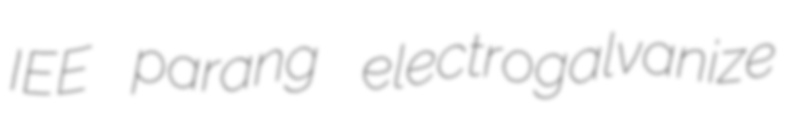
IEE parang electrogalvanize